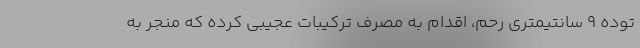
توده ۹ سانتیمتری رحم، اقدام به مصرف ترکیبات عجیبی کرده که منجر به